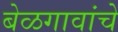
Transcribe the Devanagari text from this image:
बेळगावांचे